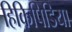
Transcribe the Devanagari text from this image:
हिकिपिडिया